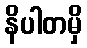
နိပါတမှိ